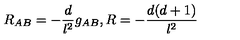
R _ { A B } = - \frac { d } { l ^ { 2 } } g _ { A B } , R = - \frac { d ( d + 1 ) } { l ^ { 2 } }